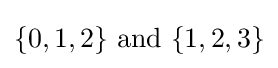
\{0,1,2\}{\text{ and }}\{1,2,3\}